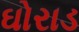
ઘોરાડ